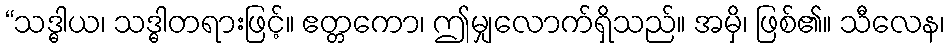
“သဒ္ဓါယ၊ သဒ္ဓါတရားဖြင့်။ ဧတ္တကော၊ ဤမျှလောက်ရှိသည်။ အမှိ၊ ဖြစ်၏။ သီလေန၊